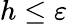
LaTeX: h\leq\varepsilon